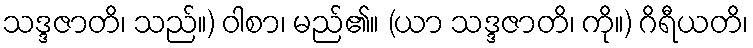
သဒ္ဒဇာတိ၊ သည်။) ဝါစာ၊ မည်၏။ (ယာ သဒ္ဒဇာတိ၊ ကို။) ဂိရီယတိ၊